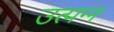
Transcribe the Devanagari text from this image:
उत्‍पन्‍न्‍ा